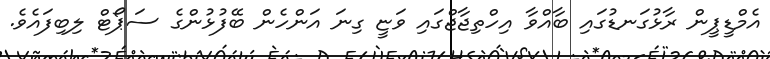
އެމްޑީޕީން ރާޅުގަނޑުގައި ބާއްވާ އިހްތިޖާޖްގައި ވަޏީ ގިނަ އަންހެން ބޭފުޅުންގެ ސަޕޯޓް ލިބިފައެވެ.